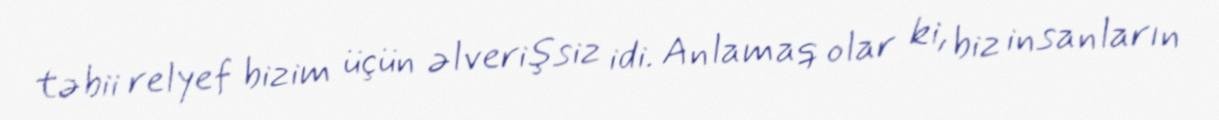
təbii relyef bizim üçün əlverişsiz idi. Anlamaq olar ki, biz insanların